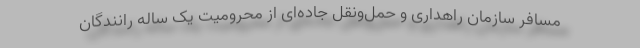
مسافر سازمان راهداری و حمل‌ونقل جاده‌ای از محرومیت یک ساله رانندگان